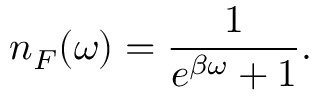
n _ { F } ( \omega ) = \frac { 1 } { e ^ { \beta \omega } + 1 } .